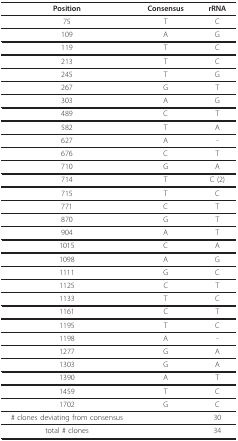
| Position | Consensus | rRNA |
 | --- | --- | --- |
 | 75 | T | C |
 | 109 | A | G |
 | 119 | T | C |
 | 213 | T | C |
 | 245 | T | G |
 | 267 | G | T |
 | 303 | A | G |
 | 489 | C | T |
 | 582 | T | A |
 | 627 | A | - |
 | 676 | C | T |
 | 710 | G | A |
 | 714 | T | C (2) |
 | 715 | T | C |
 | 771 | C | T |
 | 870 | G | T |
 | 904 | A | T |
 | 1015 | C | A |
 | 1098 | A | G |
 | 1111 | G | C |
 | 1125 | C | T |
 | 1133 | T | C |
 | 1161 | C | T |
 | 1195 | T | C |
 | 1198 | A | - |
 | 1277 | G | A |
 | 1303 | G | A |
 | 1390 | A | T |
 | 1459 | T | C |
 | 1702 | G | C |
 | # clones deviating from consensus |  | 30 |
 | total # clones |  | 34 |